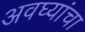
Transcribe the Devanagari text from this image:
अवघ्यांचा